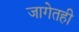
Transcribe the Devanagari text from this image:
जागेतही